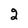
Character: 2